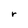
Character: r